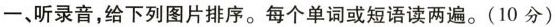
一、听录音，给下列图片排序。每个单词或短语读两遍。(10分)